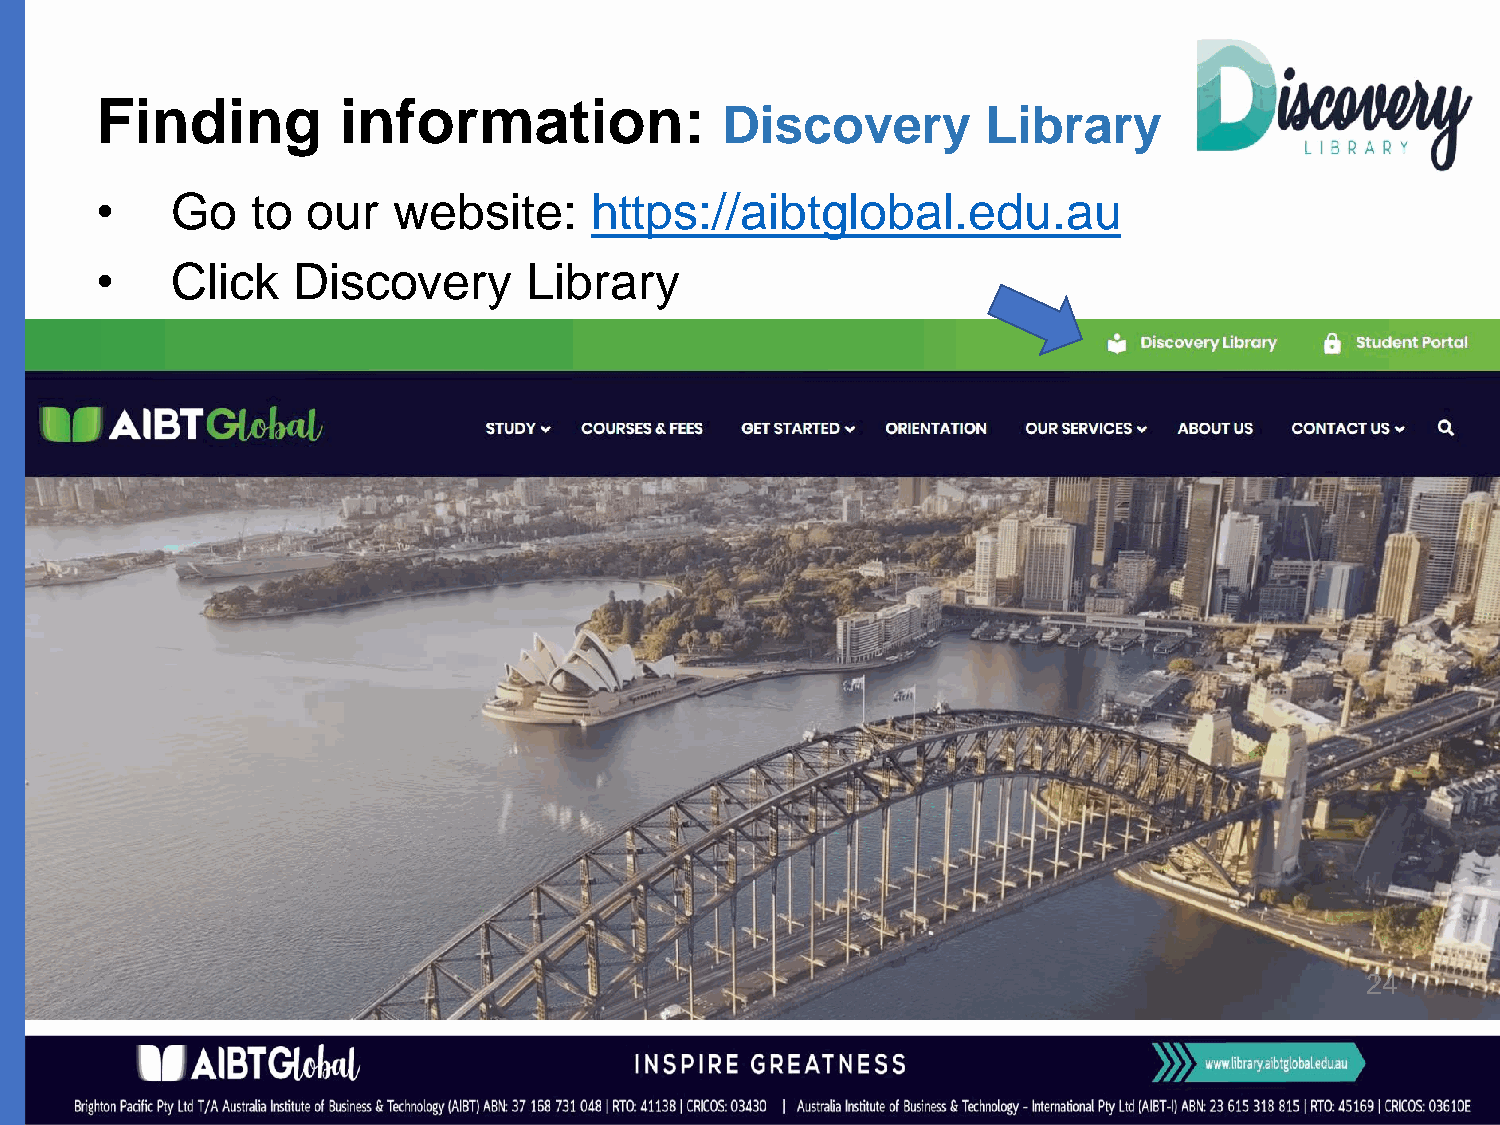
Finding          information:
 Discovery        Library
 •    Go    to our   website:     https://aibtglobal.edu.au
 •    Click   Discovery       Library
 24